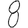
Digit: 8